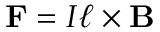
\mathbf { F } = I { \boldsymbol { \ell } } \times \mathbf { B }